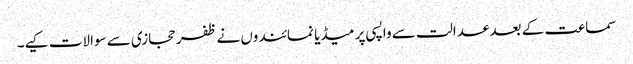
سماعت کے بعد عدالت سے واپسی پر میڈیا نمائندوں نے ظفر حجازی سے سوالات کیے۔